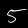
Digit: 5